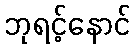
ဘုရင့်နောင်